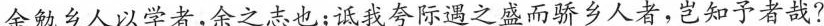
余勉乡人以学者,余之志也;诋我夸际遇之盛而骄乡人者,岂知予者哉?